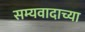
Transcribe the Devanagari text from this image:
सम्यवादाच्या